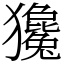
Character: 㺥